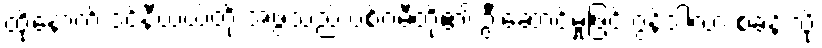
ထို့နောက် ဒင်နီယယ်တို့ အဖွဲ့သည် ပစ်ဂမီတို့၏ ဦးဆောင်မှုဖြင့် ဂွန်ဒါလာ စခန်းသို့